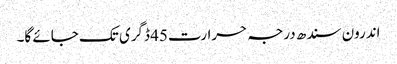
اندرون سندھ درجہ حرارت45 ڈگری تک جائے گا۔